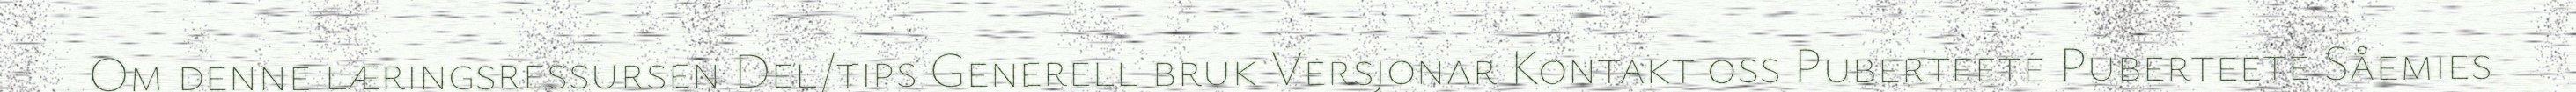
Om denne læringsressursen Del/tips Generell bruk Versjonar Kontakt oss Puberteete Puberteete Såemies